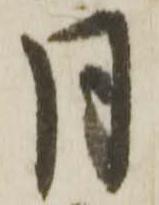
月